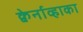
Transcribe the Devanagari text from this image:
क्वेर्नाव्हाका